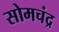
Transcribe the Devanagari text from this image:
सोमचंद्र